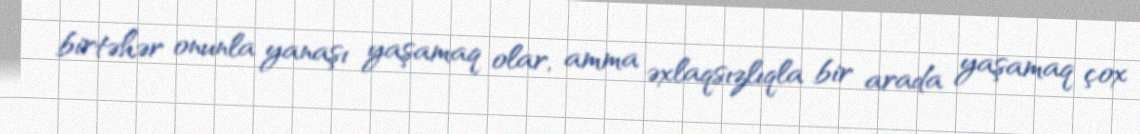
birtəhər onunla yanaşı yaşamaq olar, amma əxlaqsızlıqla bir arada yaşamaq çox